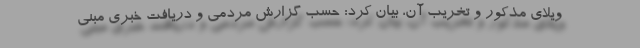
ویلای مذکور و تخریب آن، بیان کرد: حسب گزارش مردمی و دریافت خبری مبنی